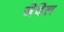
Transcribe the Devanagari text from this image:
जेवेल